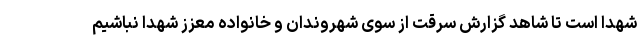
شهدا است تا شاهد گزارش سرقت از سوی شهروندان و خانواده معزز شهدا نباشیم